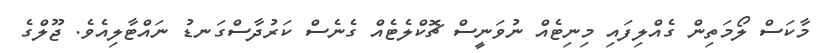
މާކަސް ލޯމަތިން ގެއްލިފައި މިނިޓެއް ނުވަނީސް ޗޮކްލެޓެއް ގެނެސް ކަރުދާސްގަނޑު ނައްޓާލިއެވެ. ޖޫލްގެ